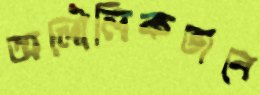
অলৌলিকভাবে